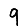
Digit: 9